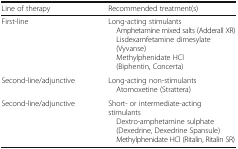
| Line of therapy | Recommended treatment(s) |
 | --- | --- |
 | First-line | Long-acting stimulants Amphetamine mixed salts (Adderall XR) Lisdexamfetamine dimesylate (Vyvanse) Methylphenidate HCl (Biphentin, Concerta) |
 | Second-line/adjunctive | Long-acting non-stimulants Atomoxetine (Strattera) |
 | Second-line/adjunctive | Short- or intermediate-acting stimulants Dextro-amphetamine sulphate (Dexedrine, Dexedrine Spansule) Methylphenidate HCl (Ritalin, Ritalin SR) |